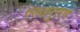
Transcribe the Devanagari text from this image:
गरूडपुराण